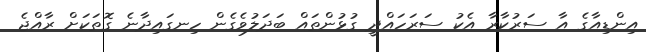
އިންޑިއާގެ އާ ސަރުކާރާ އެކު ސަރަހައްދީ ގުޅުންތައް ބަދަލުވެގެން ހިނގައިދާނެ ގޮތަކަށް ރާއްޖެ